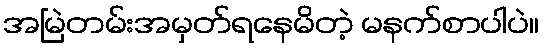
အမြဲတမ်းအမှတ်ရနေမိတဲ့ မနက်စာပါပဲ။